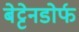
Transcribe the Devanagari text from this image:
बेट्टेनडोर्फ